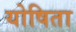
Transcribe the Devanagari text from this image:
योषिता